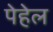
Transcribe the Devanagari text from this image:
पेहेल